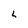
Character: L